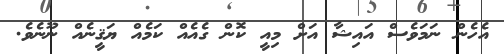
އެހެން ނަމަވެސް އައިޝާ އަށް މިއީ ކޮން ގެއެއް ކަމެއް ޔަޤީނެއް ނޫނެވެ.